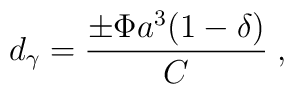
d_\gamma={\pm \Phi a^3(1-\delta)\over C}        \; ,